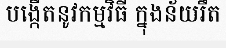
បង្កើតនូវកម្មវិធី ក្នុងន័យរឹត